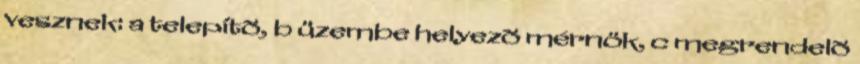
vesznek: a telepítõ, b üzembe helyezõ mérnök, c megrendelõ